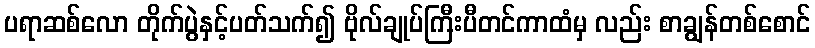
ပရာဆစ်လော တိုက်ပွဲနှင့်ပတ်သက်၍ ဗိုလ်ချုပ်ကြီးပီတင်ကာထံမှ လည်း စာချွန်တစ်စောင်